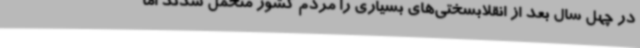
در چهل سال بعد از انقلابسختی‌های بسیاری را مردم کشور متحمل شدند اما